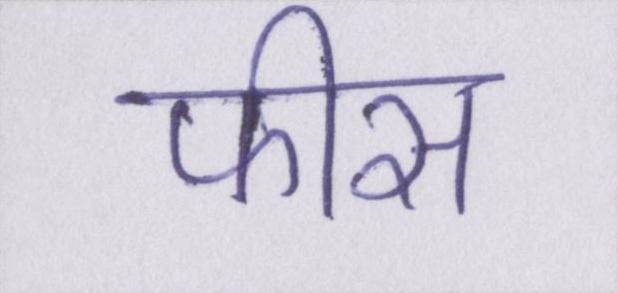
फीस